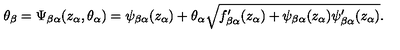
\theta _ { \beta } = \Psi _ { \beta \alpha } ( z _ { \alpha } , \theta _ { \alpha } ) = \psi _ { \beta \alpha } ( z _ { \alpha } ) + \theta _ { \alpha } \sqrt { f _ { \beta \alpha } ^ { \prime } ( z _ { \alpha } ) + \psi _ { \beta \alpha } ( z _ { \alpha } ) \psi _ { \beta \alpha } ^ { \prime } ( z _ { \alpha } ) } .